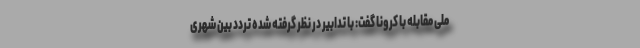
ملی مقابله با کرونا گفت: با تدابیر در نظر گرفته شده تردد بین شهری